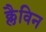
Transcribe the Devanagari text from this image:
क्लैविन